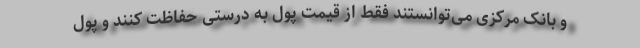
و بانک مرکزی می‌توانستند فقط از قیمت پول به درستی حفاظت کنند و پول